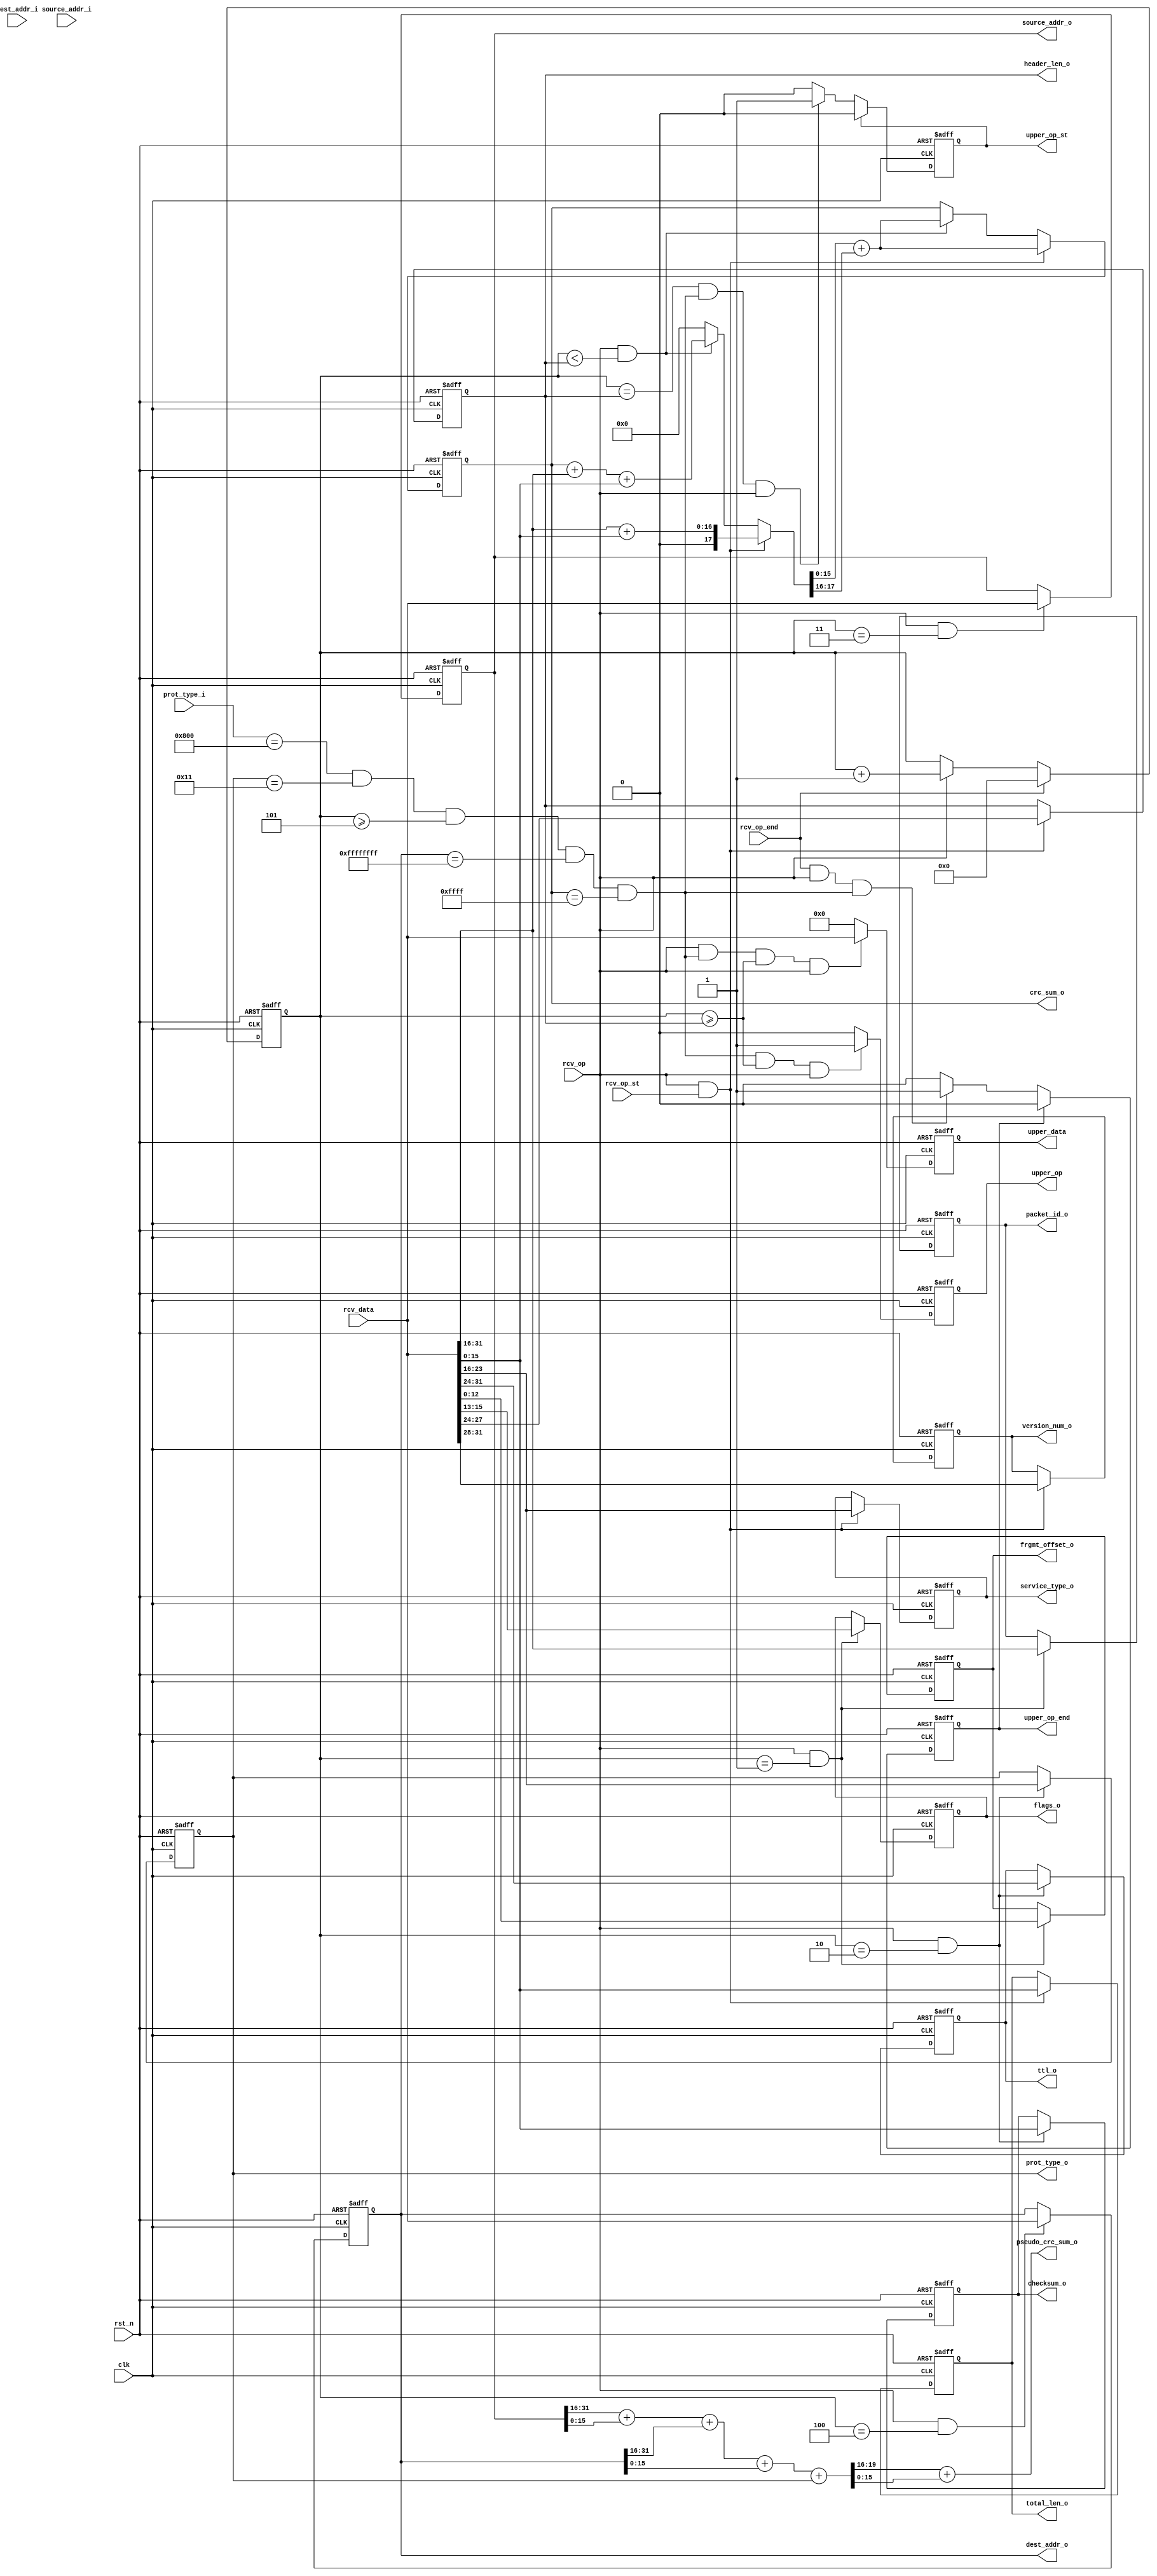
//TODO  CRC,      IP,  
module network_layer
(
	input					clk
	,input				rst_n

	,input				rcv_op
	,input				rcv_op_st
	,input				rcv_op_end
	,input	[31:0]	rcv_data
	,input	[47:0]	source_addr_i
	,input	[47:0]	dest_addr_i
	,input	[15:0]	prot_type_i

	,output				upper_op_st
	,output				upper_op
	,output				upper_op_end
	,output	[31:0]	upper_data

	,output	[3:0]		version_num_o
	,output	[3:0]		header_len_o
	,output	[7:0]		service_type_o
	,output	[15:0]	total_len_o
	,output	[15:0]	packet_id_o
	,output	[2:0]		flags_o
	,output	[12:0]	frgmt_offset_o
	,output	[7:0]		ttl_o
	,output	[7:0]		prot_type_o
	,output	[15:0]	checksum_o
	,output	[31:0]	source_addr_o
	,output	[31:0]	dest_addr_o
	,output	[15:0]	crc_sum_o
	,output	[15:0]	pseudo_crc_sum_o
);

//IP fields
reg	[3:0]		version_num;
reg	[3:0]		header_len;
reg	[7:0]		service_type;
reg	[15:0]	total_len;
reg	[15:0]	packet_id;
reg	[2:0]		flags;
reg	[12:0]	frgmt_offset;
reg	[7:0]		ttl;
reg	[7:0]		prot_type;
reg	[15:0]	checksum;
reg	[31:0]	source_addr;
reg	[31:0]	dest_addr;

reg	[15:0]	word_cnt;

reg				upper_op_r;
reg				upper_op_start_r;
reg				upper_op_stop_r;
reg	[31:0]	upper_data_r;

reg	[15:0]	crc_sum_r;
wire	[31:0]	crc_sum_w;
wire	[31:0]	crc_sum_ww;
wire	[31:0]	pseudo_crc_sum_w;
wire	[15:0]	pseudo_crc_sum_ww;
wire				upper_op_run_w;

//WORD COUNTER
always @(posedge clk or negedge rst_n)
	if (!rst_n) 				word_cnt <= 16'b0;
	else if (rcv_op_end)		word_cnt <= 16'b0;
	else if (rcv_op)			word_cnt <= word_cnt + 1'b1;

//IP FIELDS
//-------------------------------------------------------------------------------
//VERSION NUMBER
always @(posedge clk or negedge rst_n)
	if (!rst_n) 									version_num <= 4'b0;
	else if (rcv_op_st & rcv_op)				version_num <= rcv_data[31:28];	
	
//HEADER LENGHT
always @(posedge clk or negedge rst_n)
	if (!rst_n) 									header_len <= 4'b0;
	else if (rcv_op_st & rcv_op)				header_len <= rcv_data[27:24];
	
//SERVICE TYPE
always @(posedge clk or negedge rst_n)
	if (!rst_n) 									service_type <= 8'b0;
	else if (rcv_op_st & rcv_op)				service_type <= rcv_data[23:16];
	
//TOTAL LENGTH
always @(posedge clk or negedge rst_n)
	if (!rst_n) 									total_len <= 16'b0;
	else if (rcv_op_st & rcv_op)				total_len <= rcv_data[15:0];
	
//PACKET ID
always @(posedge clk or negedge rst_n)
	if (!rst_n) 									packet_id <= 16'b0;
	else if (rcv_op & (word_cnt == 1))		packet_id <= rcv_data[31: 16];
	
//FLAGS
always @(posedge clk or negedge rst_n)
	if (!rst_n) 									flags <= 3'b0;
	else if (rcv_op & (word_cnt == 1))		flags <= rcv_data[15:13];
	
//FRAGMENT OFFSET
always @(posedge clk or negedge rst_n)
	if (!rst_n) 									frgmt_offset <= 13'b0;
	else if (rcv_op & (word_cnt == 1))		frgmt_offset <= rcv_data[12:0];

//TIME TO LIVE
always @(posedge clk or negedge rst_n)
	if (!rst_n) 									ttl <= 8'b0;
	else if (rcv_op & (word_cnt == 2))		ttl <= rcv_data[31:24];

//PROTOCOL TYPE(UPPER LEVEL)
always @(posedge clk or negedge rst_n)
	if (!rst_n) 									prot_type <= 8'b0;
	else if (rcv_op & (word_cnt == 2))		prot_type <= rcv_data[23:16];
	
//CHECKSUM
always @(posedge clk or negedge rst_n)
	if (!rst_n) 									checksum <= 16'b0;
	else if (rcv_op & (word_cnt == 2))		checksum <= rcv_data[15:0];

//SOURCE ADDRESS(IP)
always @(posedge clk or negedge rst_n)
	if (!rst_n) 									source_addr <= 32'b0;
	else if (rcv_op & (word_cnt == 3))		source_addr <= rcv_data;

//DESTINATION ADDRESS(IP)
always @(posedge clk or negedge rst_n)
	if (!rst_n) 									dest_addr <= 32'b0;
	else if (rcv_op & (word_cnt == 4))		dest_addr <= rcv_data;
	
//CRC CALCULATION
always @(posedge clk or negedge rst_n)
	if (!rst_n)												crc_sum_r <= 16'b0;
	else if (rcv_op & rcv_op_st)						crc_sum_r <= crc_sum_ww;
	else if (rcv_op & (word_cnt < header_len))	crc_sum_r <= crc_sum_ww;

assign crc_sum_w = 	(rcv_op & rcv_op_st)						? 	(rcv_data[31:16] + rcv_data[15:0]) :
							(rcv_op & (word_cnt < header_len))	? 	(crc_sum_r + rcv_data[31:16] + rcv_data[15:0]) : 32'b0;
assign crc_sum_ww = crc_sum_w[15:0] + crc_sum_w[31:16];

//PSEUDOHEADER CRC
assign pseudo_crc_sum_w = source_addr[31:16] + source_addr[15:0] + dest_addr[31:16] + dest_addr[15:0] + prot_type[7:0];
assign pseudo_crc_sum_ww = pseudo_crc_sum_w[31:16] + pseudo_crc_sum_w[15:0];

//TRANSPORT PROCESS(UPPER LEVEL)
//-------------------------------------------------------------------------------	
//START TRANSPORT LAYER PACKET
always @(posedge clk or negedge rst_n)
	if (!rst_n) 									upper_op_start_r <= 1'b0;
	else if (upper_op_start_r)					upper_op_start_r <= 1'b0;
	else if ((word_cnt == header_len) & upper_op_run_w & rcv_op)
														upper_op_start_r <= 1'b1;
														
assign upper_op_run_w =	(prot_type_i == 16'h0800) & (prot_type == 8'd17) & (word_cnt >= 5) & (dest_addr == 32'hffffffff) &
								(crc_sum_r == 16'hffff);
										
	
//STOP TRANSPORT LAYER PACKET
always @(posedge clk or negedge rst_n)
	if (!rst_n) 									upper_op_stop_r <= 1'b0;
	else if (upper_op_stop_r)					upper_op_stop_r <= 1'b0;
	else if (rcv_op_end & rcv_op & upper_op_run_w)				
														upper_op_stop_r <= 1'b1;
	
//RECEIVE DATA OPERATION
always @(posedge clk or negedge rst_n)
	if (!rst_n)										upper_op_r <= 1'b0;
	else if (upper_op_run_w & (word_cnt >= header_len) & rcv_op)
														upper_op_r <= 1'b1;
	else 												upper_op_r <= 1'b0;
														
//TRANSPORT LEVEL HEAD&DATA
always @(posedge clk or negedge rst_n)
	if (!rst_n) 								upper_data_r <= 32'b0;
	else if (rcv_op & upper_op_run_w & (word_cnt >= header_len) & rcv_op)
													upper_data_r <= rcv_data;	
	else 											upper_data_r <= 32'b0;													

//INOUTS
assign version_num_o		= version_num;
assign header_len_o		= header_len;
assign service_type_o	= service_type;
assign total_len_o		= total_len;
assign packet_id_o		= packet_id;
assign flags_o				= flags;
assign frgmt_offset_o	= frgmt_offset;
assign ttl_o				= ttl;
assign prot_type_o		= prot_type;
assign checksum_o			= checksum;
assign source_addr_o		= source_addr;
assign dest_addr_o		= dest_addr;
assign crc_sum_o			= crc_sum_r;
assign pseudo_crc_sum_o = pseudo_crc_sum_ww;
	
assign upper_op_st		= upper_op_start_r;
assign upper_op			= upper_op_r;
assign upper_op_end		= upper_op_stop_r;
assign upper_data			= upper_data_r;


endmodule